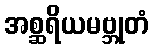
အစ္ဆရိယမဗ္ဘုတံ